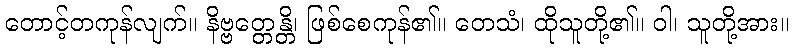
တောင့်တကုန်လျက်။ နိဗ္ဗတ္တေန္တိ၊ ဖြစ်စေကုန်၏။ တေသံ၊ ထိုသူတို့၏။ ဝါ၊ သူတို့အား။